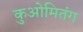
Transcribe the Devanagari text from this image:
कुओमितंग